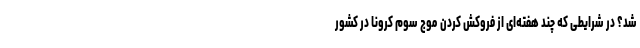
شد؟ در شرایطی که چند هفته‌ای از فروکش کردن موج سوم کرونا در کشور